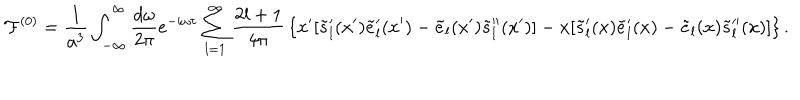
LaTeX: { \cal F } ^ { ( 0 ) } = { \frac { 1 } { a ^ { 3 } } } \int _ { - \infty } ^ { \infty } { \frac { d \omega } { 2 \pi } } e ^ { - i \omega \tau } \sum _ { l = 1 } ^ { \infty } { \frac { 2 l + 1 } { 4 \pi } } \left\{ x ^ { \prime } [ \tilde { s } _ { l } ^ { \prime } ( x ^ { \prime } ) \tilde { e } _ { l } ^ { \prime } ( x ^ { \prime } ) - \tilde { e } _ { l } ( x ^ { \prime } ) \tilde { s } _ { l } ^ { \prime \prime } ( x ^ { \prime } ) ] - x [ \tilde { s } _ { l } ^ { \prime } ( x ) \tilde { e } _ { l } ^ { \prime } ( x ) - \tilde { e } _ { l } ( x ) \tilde { s } _ { l } ^ { \prime \prime } ( x ) ] \right\} .